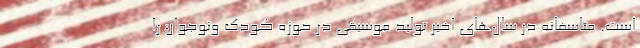
است. متاسفانه در سال‌های اخیر تولید موسیقی در حوزه کودک ونوجوان را